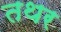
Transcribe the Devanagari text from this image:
तथर